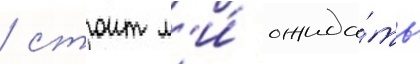
/ стоит л'и́ ожида́ть